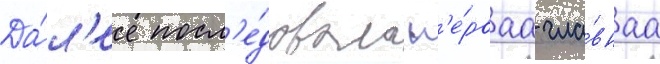
Да́л'ее посл'е́довала п'е́рваа гла́внаа